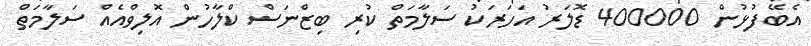
އެބޭފުޅުން 400000 ޑޮލަރު އަހަރަކު ސަލާމަތް ކުރި ބިޒްނަސް ކްލާހުން އޮލިވްއެއް ސަލާމަތް